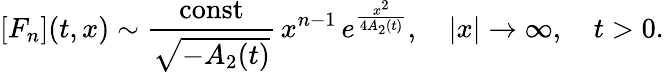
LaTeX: [F_{n}](t,x)\sim\frac{\mathrm{const}}{\sqrt{-A_{2}(t)}}\, x^{n-1}\, e^{\frac{x^{2}}{4A_{2}(t)}},\quad|x|\to\infty,\quad t>0.